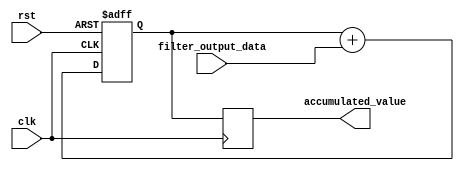
module accumulator(
    input wire clk,
    input wire rst,
    input wire [7:0] filter_output_data,
    output reg [15:0] accumulated_value
);

reg [15:0] temp_accumulator;

always @(posedge clk or posedge rst) begin
    if (rst) begin
        temp_accumulator <= 16'h0000;
    end else begin
        temp_accumulator <= temp_accumulator + filter_output_data;
    end
end

always @(posedge clk) begin
    accumulated_value <= temp_accumulator;
end

endmodule